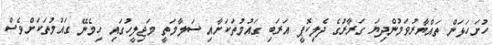
ހުށަހަޅަން ތައްޔާރުވަމުންދިޔަ ގަރާރުގެ ދެލިކޮޕީ އަރަބި ގައުމުތަކަށާއި ސަލާމަތީ މަޖިލީހުގައި ހިމެނޭ ގައުމުތަކަށްވެސް